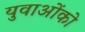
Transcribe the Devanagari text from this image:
युवाओंको